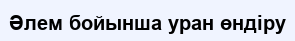
Әлем бойынша уран өндіру